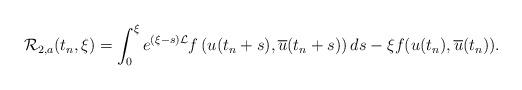
LaTeX: \begin{align*}\mathcal{R}_{2,a}(t_n,\xi) = \int_0^\xi e^{(\xi - s )\mathcal{L}} f \left(u(t_n+s), \overline u(t_n+s) \right) ds-\xi f(u(t_n), \overline u(t_n)).\end{align*}